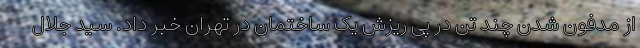
از مدفون شدن چند تن در پی ریزش یک ساختمان در تهران خبر داد. سید جلال